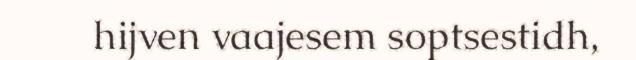
hijven vaajesem soptsestidh,